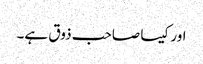
اور کیسا صاحب ذوق ہے۔